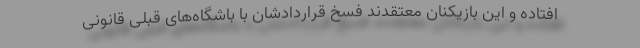
افتاده و این بازیکنان معتقدند فسخ قراردادشان با باشگاه‌های قبلی قانونی